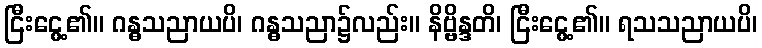
ငြီးငွေ့၏။ ဂန္ဓသညာယပိ၊ ဂန္ဓသညာ၌လည်း။ နိဗ္ဗိန္ဒတိ၊ ငြီးငွေ့၏။ ရသသညာယပိ၊